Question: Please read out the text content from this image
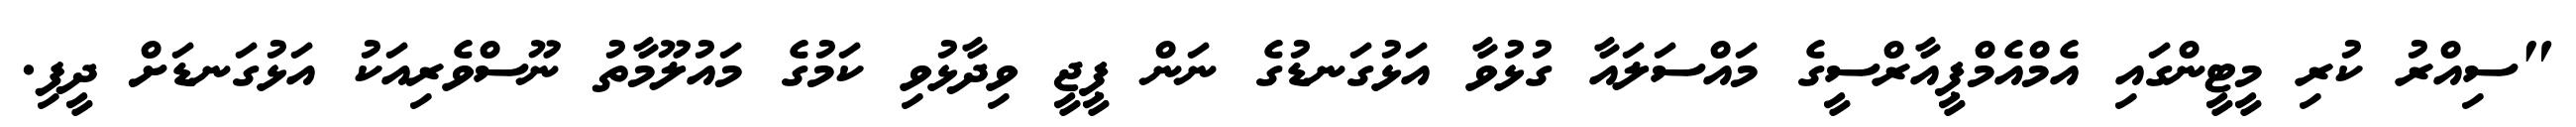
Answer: "ސިއްރު ކުރި މީޓީންގައި އެމްއެމްޕީއާރްސީގެ މައްސަލައާ ގުޅުވާ އަޅުގަނޑުގެ ނަން ޕީޖީ ވިދާޅުވި ކަމުގެ މައުލޫމާތު ނޫސްވެރިއަކު އަޅުގަނޑަށް ދީފި.